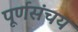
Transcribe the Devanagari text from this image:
पूर्णसंचय